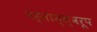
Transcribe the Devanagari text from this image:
पर्नाम्स्वरूप